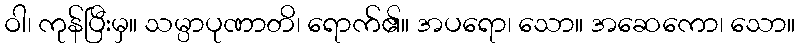
ဝါ၊ ကုန်ပြီးမှ။ သမ္ပာပုဏာတိ၊ ရောက်၏။ အပရော၊ သော။ အဆေကော၊ သော။